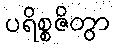
ပရိစ္စဇိတွာ